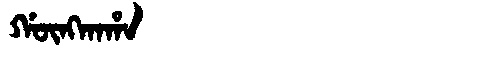
Manchu: ᡤᡡᠩᡴᠠᡥᠠ
Romanization: GŪNGKAHA